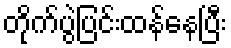
တိုက်ပွဲပြင်းထန်နေပြီး